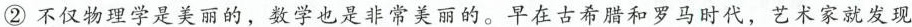
②不仅物理学是美丽的，数学也是非常美丽的。早在古希腊和罗马时代，艺术家就发现